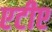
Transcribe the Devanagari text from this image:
एटीए